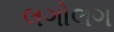
લગોલગ